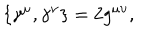
LaTeX: \{ \gamma ^ { \mu } , \gamma ^ { \nu } \} = 2 g ^ { \mu \upsilon } ,